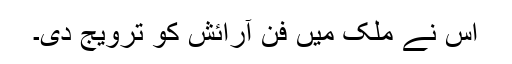
اُس نے ملک میں فنِ آرائش کو ترویج دی۔